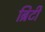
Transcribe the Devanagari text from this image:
ब्रिटी